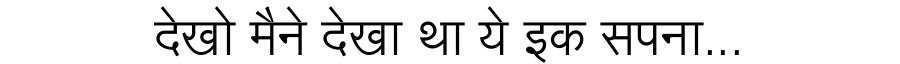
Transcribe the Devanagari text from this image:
देखो मैने देखा था ये इक सपना...